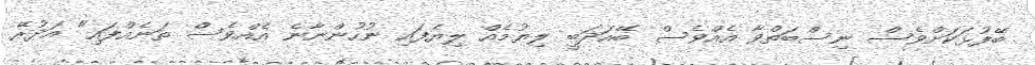
ބޭފުޅަކަށްވެސް ނިސްބަތްވާ އެއްވެސް ބޭއަދަބީ ލިޔުމެއް ލިޔެފައި ނުހުންނާނެ އެއްވެސް ތަނެއްފައި" އަދުރޭ